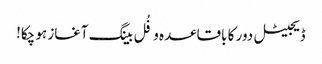
ڈیجیٹل دور کا باقاعدہ و فُل بینگ آغاز ہو چکا!